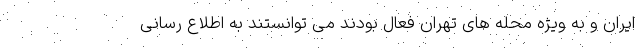
ایران و به ویژه محله های تهران فعال بودند می توانستند به اطلاع رسانی